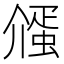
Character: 𬿷